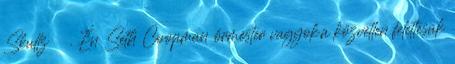
Skullz . Én Seth Coopman őrmester vagyok,a közvetlen felettesük